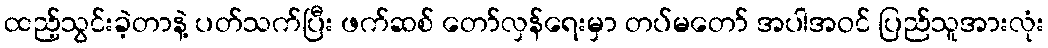
ထည့်သွင်းခဲ့တာနဲ့ ပတ်သက်ပြီး ဖက်ဆစ် တော်လှန်ရေးမှာ တပ်မတော် အပါအဝင် ပြည်သူအားလုံး